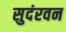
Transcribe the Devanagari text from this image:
सुदंरवन